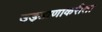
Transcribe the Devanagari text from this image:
उड्डाणाकरीता